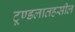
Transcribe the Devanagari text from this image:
टूण्डलातहसील